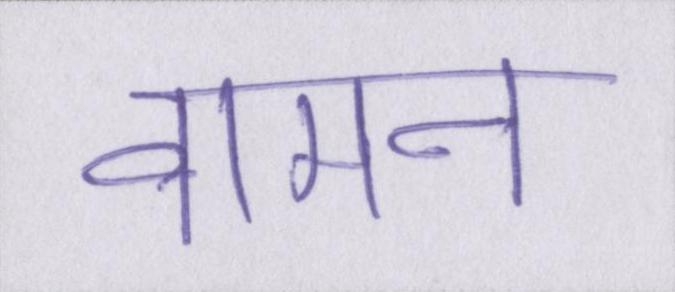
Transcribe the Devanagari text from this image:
वामन